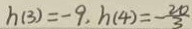
h ( 3 ) = - 9 , h ( 4 ) = - \frac { 2 0 } { 3 }